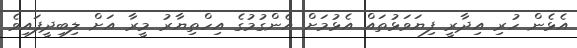
އެޅެން ހުރި އިދާރީ ފިޔަވަޅުތައް އެޅުމަށް އެންގުމުގެ އިހްތިޔާރު މީރާ އަށް ލިބިދީފައިވެ